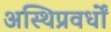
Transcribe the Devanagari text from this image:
अस्थिप्रवर्धों